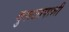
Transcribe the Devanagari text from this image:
बुरूजापाशी